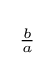
{\begin{smallmatrix}{\frac {b}{a}}\end{smallmatrix}}